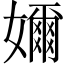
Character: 嬭